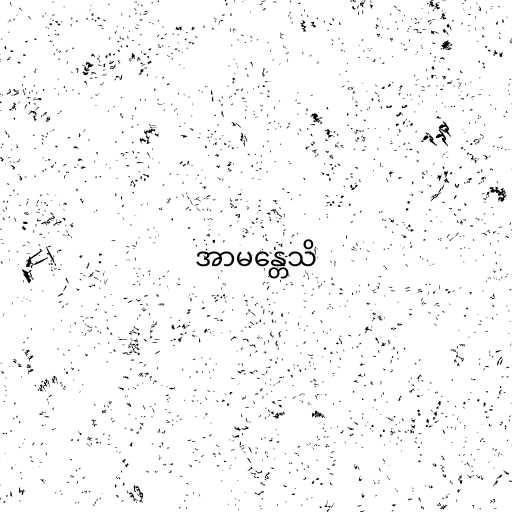
အာမန္တေသိ